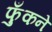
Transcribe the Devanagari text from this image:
फुँकने